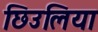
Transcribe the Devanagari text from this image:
छिउलिया